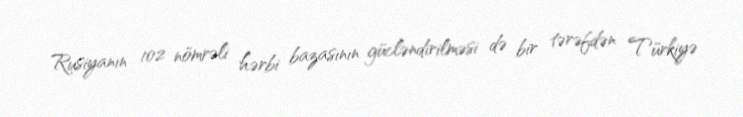
Rusiyanın 102 nömrəli hərbi bazasının gücləndirilməsi də bir tərəfdən Türkiyə